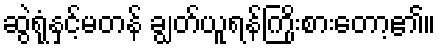
ဆွဲရုံနှင့်မတန် ချွတ်ယူရန်ကြိုးစားတော့၏။